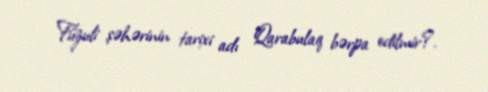
Füzuli şəhərinin tarixi adı Qarabulaq bərpa edilmir?.